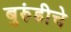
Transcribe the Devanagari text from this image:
बुरुंडीचे